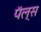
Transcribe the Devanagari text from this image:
पॅल्स